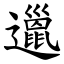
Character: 邋